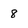
Character: 8